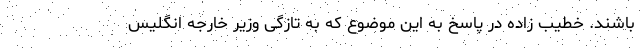
باشند. خطیب زاده در پاسخ به این موضوع که به تازگی وزیر خارجه انگلیس